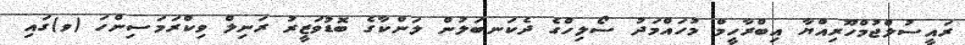
ރައީސުލްޖުމްހޫރިއްޔާ އިބްރާހީމް މުހައްމަދު ސޯލިހްގެ ދެކަނބަލުން ލަންކާގެ ބޮޑުވަޒީރު ރަނިލް ވިކްރަމަސިންހަ (ވ)ގައި